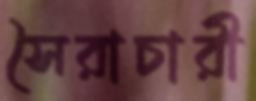
সৈরাচারী